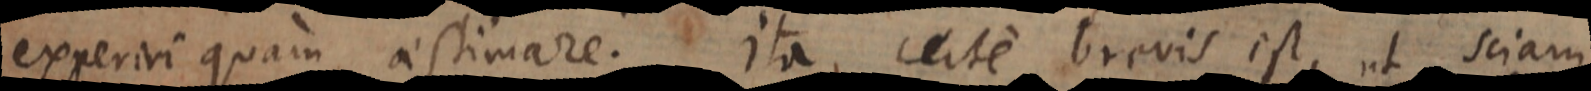
experiri quam aestimare. Ita, certe brevis est, ut sciam